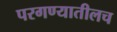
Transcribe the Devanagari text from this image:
परगण्यातीलच